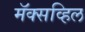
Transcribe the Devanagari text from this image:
मॅक्सव्हिल